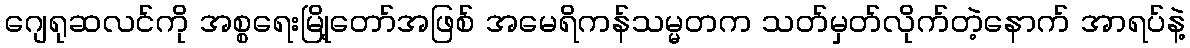
ဂျေရုဆလင်ကို အစ္စရေးမြို့တော်အဖြစ် အမေရိကန်သမ္မတက သတ်မှတ်လိုက်တဲ့နောက် အာရပ်နဲ့